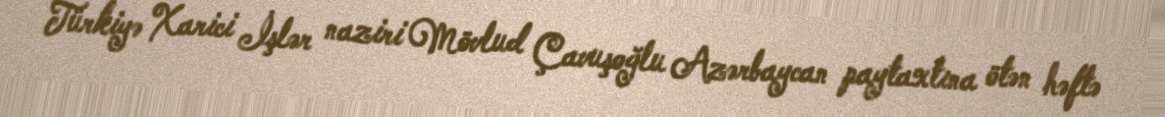
Türkiyə Xarici İşlər naziri Mövlud Çavuşoğlu Azərbaycan paytaxtına ötən həftə